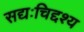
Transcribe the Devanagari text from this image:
सद्यःचिद्दश्य